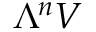
\Lambda ^ { n } V